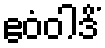
ဧဝံဝါဒိံ